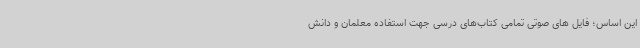
این اساس؛ فایل های صوتی تمامی کتاب‌های درسی جهت استفاده معلمان و دانش